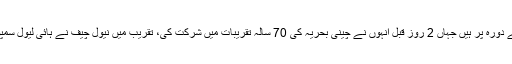
خیال رہے کہ نیول چیف آج کل چین کے دورہ پر ہیں جہاں 2 روز قبل انہوں نے چینی بحریہ کی 70 سالہ تقریبات میں شرکت کی، تقریب میں نیول چیف نے ہائی لیول سمپوزیم میں خصوصی خطاب بھی کیا تھا۔